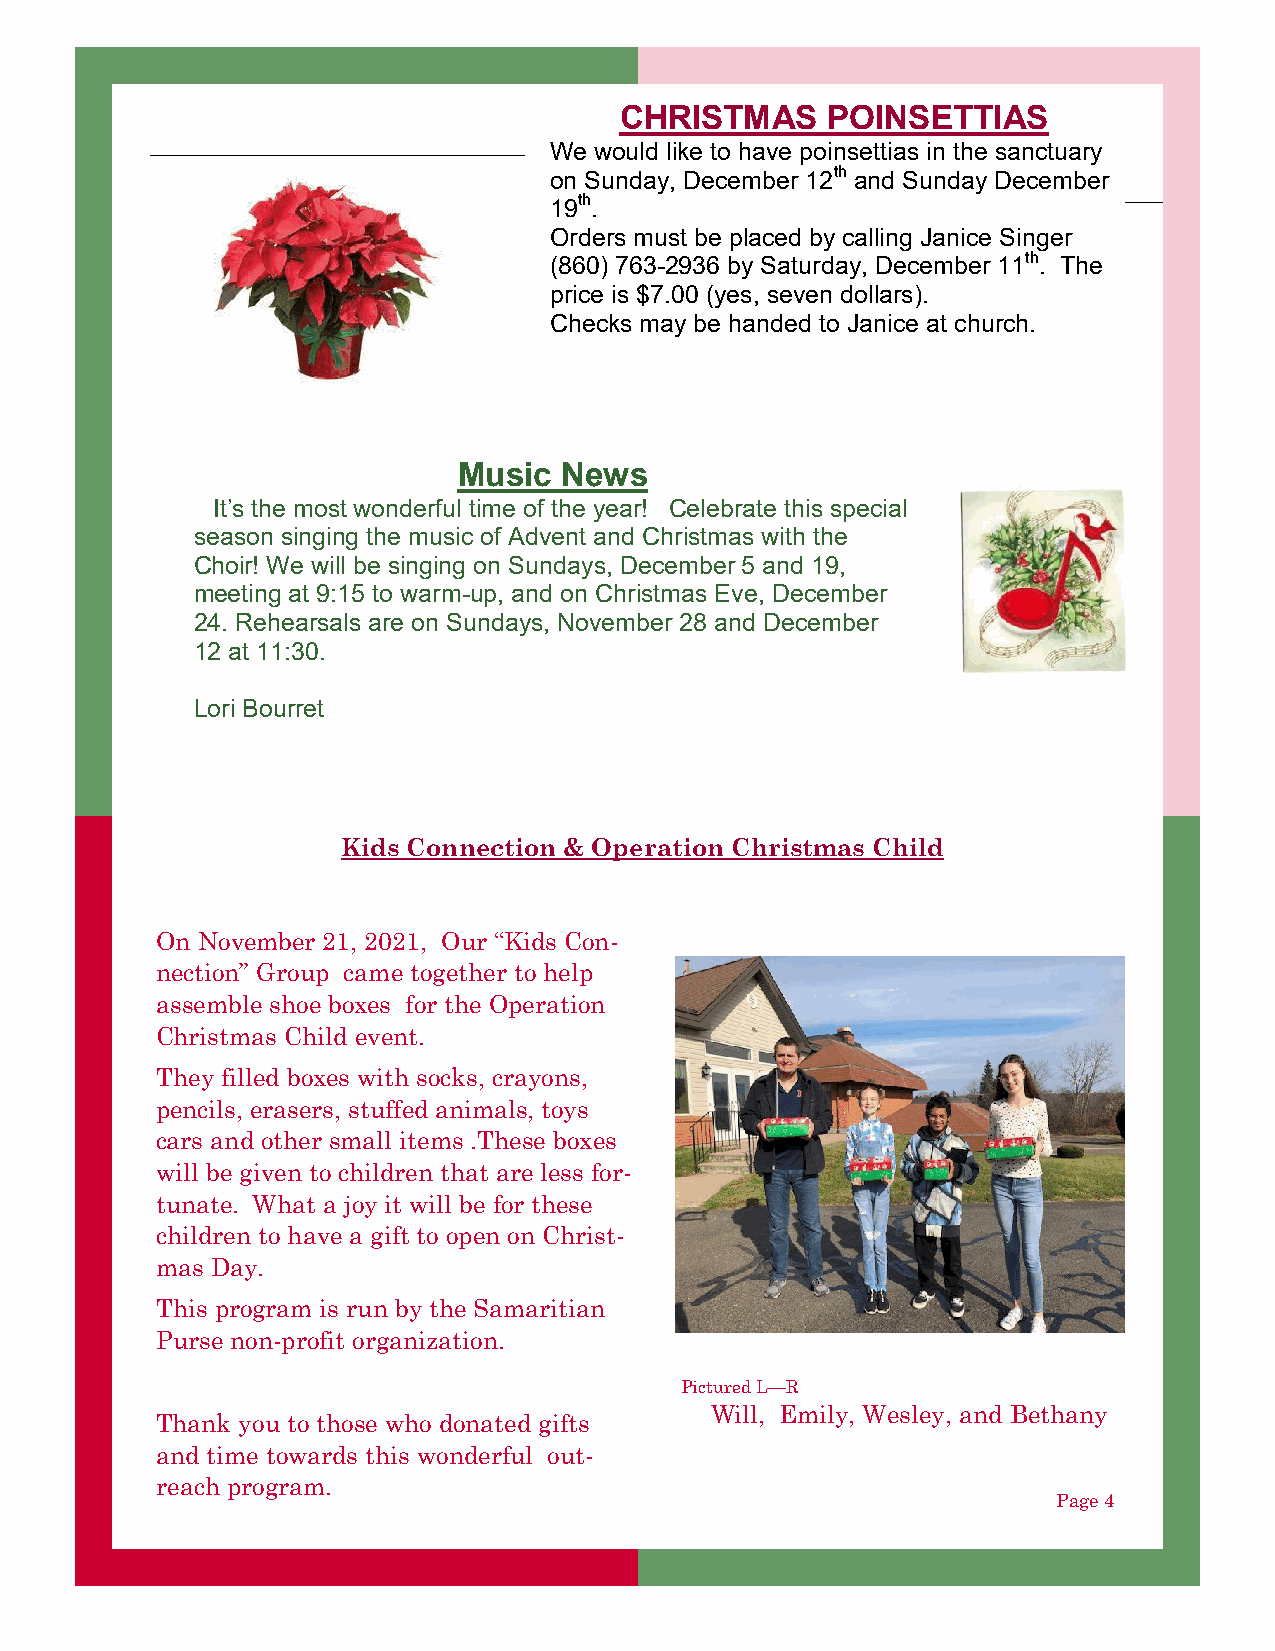
CHRISTMAS     POINSETTIAS
 We would like to have poinsettias in the sanctuary
 on Sunday, December 12th and Sunday December
 19th.
 Orders must be placed by calling Janice Singer
 (860) 763-2936 by Saturday, December 11th. The
 price is $7.00 (yes, seven dollars).
 Checks may be handed to Janice at church.
 Music  News
 It’s the most wonderful time of the year! Celebrate this special
 season singing the music of Advent and Christmas with the
 Choir! We will be singing on Sundays, December 5 and 19,
 meeting at 9:15 to warm-up, and on Christmas Eve, December
 24. Rehearsals are on Sundays, November 28 and December
 12 at 11:30.
 Lori Bourret
 Kids Connection & Operation Christmas Child
 On November 21, 2021, Our “Kids Con-
 nection” Group came together to help
 assemble shoe boxes for the Operation
 Christmas Child event.
 They filled boxes with socks, crayons,
 pencils, erasers, stuffed animals, toys
 cars and other small items .These boxes
 will be given to children that are less for-
 tunate. What a joy it will be for these
 children to have a gift to open on Christ-
 mas Day.
 This program is run by the Samaritian
 Purse non-profit organization.
 Pictured L—R
 Will, Emily, Wesley, and Bethany
 Thank you to those who donated gifts
 and time towards this wonderful out-
 reach program.
 Page 4